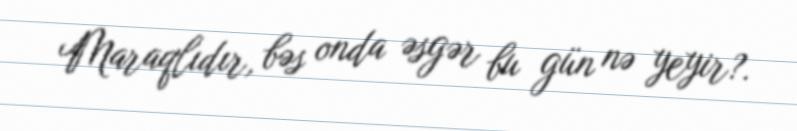
Maraqlıdır, bəs onda əsgər bu gün nə yeyir?.